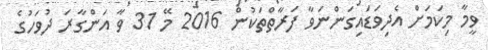
ވީމާ މިކަމަށް އެދިވަޑައިގަންނަވާ ފަރާތްތަކުން 2016 މޭ 31 ވާ އަންގާރަ ދުވަހުގެ